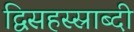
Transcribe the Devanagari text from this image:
द्विसहस्स्राब्दी